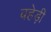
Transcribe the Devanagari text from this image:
बहेड़ी